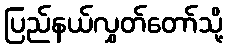
ပြည်နယ်လွှတ်တော်သို့